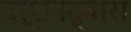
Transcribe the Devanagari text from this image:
दर्शनद्वारा